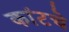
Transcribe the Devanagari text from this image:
कांटचे